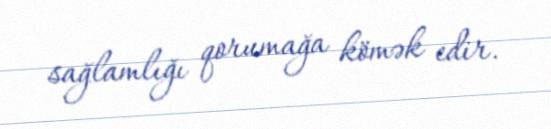
sağlamlığı qorumağa kömək edir.